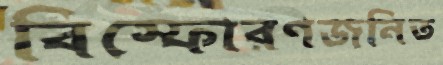
বিস্ফোরণজনিত